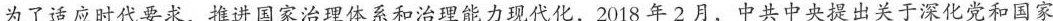
为了适应时代要求，推进国家治理体系和治理能力现代化，2018年2月，中共中央提出关于深化党和国家